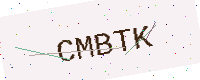
Text: CMBTK